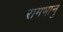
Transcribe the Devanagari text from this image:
रामभानु